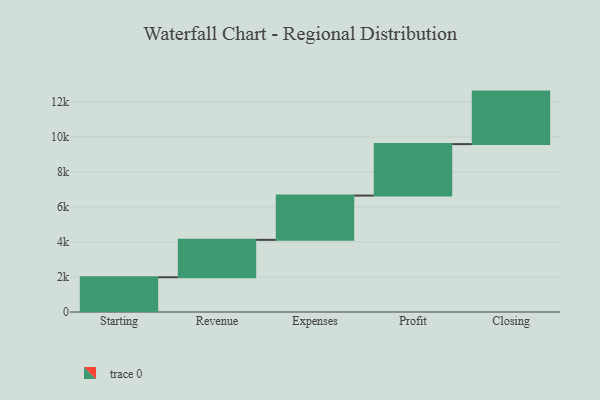
{"axis": {"x": "Step", "y": "Value"}, "legend": [""], "data": [{"x": "Starting", "y": 1985.0, "type": ""}, {"x": "Revenue", "y": 2137.0, "type": ""}, {"x": "Expenses", "y": 2531.0, "type": ""}, {"x": "Profit", "y": 2940.0, "type": ""}, {"x": "Closing", "y": 3000, "type": ""}]}